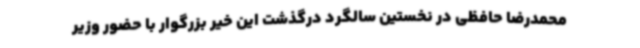
محمدرضا حافظی در نخستین سالگرد درگذشت این خیر بزرگوار با حضور وزیر